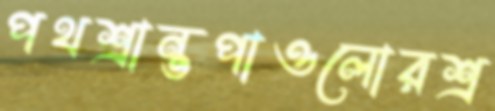
পথশ্রান্তপাওলোরশ্র